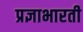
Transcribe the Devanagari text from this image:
प्रज्ञाभारती